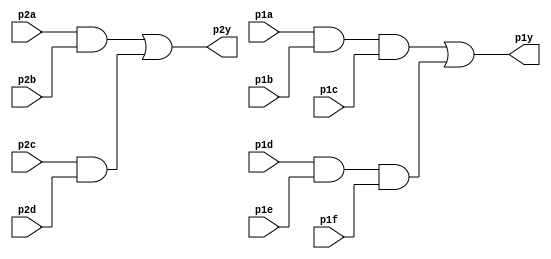
// This program was cloned from: https://github.com/matthlud/HDLBits
// License: Apache License 2.0

module top_module ( 
    input p1a, p1b, p1c, p1d, p1e, p1f,
    output p1y,
    input p2a, p2b, p2c, p2d,
    output p2y );
    
    wire one, two, three, four;
    assign one = p2a && p2b;
    assign two = p2c && p2d;
    
    assign three = p1a && p1b && p1c;
    assign four = p1d && p1e && p1f;
    
    assign p2y = one || two;
    assign p1y = three || four;

endmodule